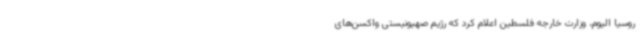
روسیا الیوم، وزارت خارجه فلسطین اعلام کرد که رژیم صهیونیستی واکسن‌های